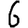
Digit: 6